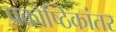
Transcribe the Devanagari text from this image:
प्रकोष्ठिकांतर